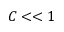
C < < 1